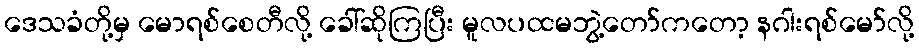
ဒေသခံတို့မှ မောရစ်စေတီလို့ ခေါ်ဆိုကြပြီး မူလပထမဘွဲ့တော်ကတော့ နဂါးရစ်မော်လို့